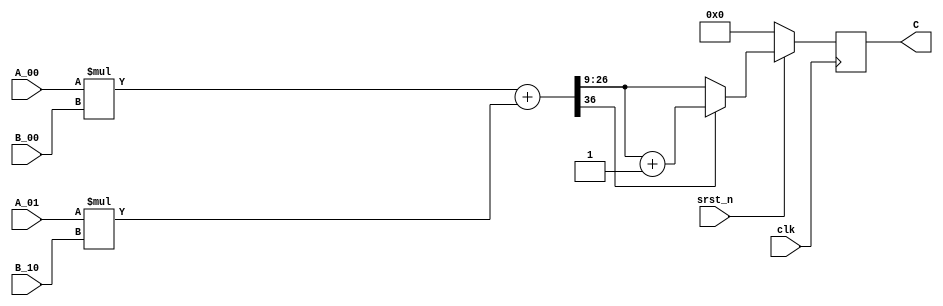
module mult_1x2_2x1 #(
parameter BIT_NUM = 18,
parameter FRAC_NUM = 9
) 
(
  input clk,
  input srst_n,
  input [BIT_NUM-1:0] A_00,
  input [BIT_NUM-1:0] A_01,
  input [BIT_NUM-1:0] B_00,
  input [BIT_NUM-1:0] B_10,
  output reg signed [BIT_NUM-1:0] C
);


// mult phase
reg signed [2*BIT_NUM-1:0] mult [0:1];
always@* begin
  mult[0] = $signed(A_00) * $signed(B_00);
  mult[1] = $signed(A_01) * $signed(B_10); 
end
/*always@(posedge clk)
  if(~srst_n) begin
    mult[0] <= 0;
    mult[1] <= 0;
  end
  else begin
    mult[0] <= $signed(A_00) * $signed(B_00);
    mult[1] <= $signed(A_01) * $signed(B_10);
  end*/

// add phase
reg signed [2*BIT_NUM:0] add;
always@*
  add = mult[0] + mult[1];


// quantization
always@(posedge clk)
  if(~srst_n)  
    C <= 0;
  else
    if(add[2*BIT_NUM])
      C <= add[BIT_NUM+FRAC_NUM-1:FRAC_NUM] + 1'b1;
    else
      C <= add[BIT_NUM+FRAC_NUM-1:FRAC_NUM]; 



endmodule